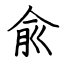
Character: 兪